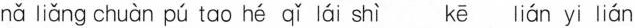
nǎ liǎng chuàn pú tao hé qǐ lái shì kē lián yi lián